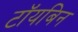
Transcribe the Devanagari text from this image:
टॉयबिन